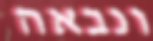
ונבאה